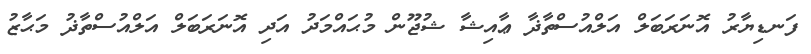
ފަނޑިޔާރު އޮނަރަބަލް އަލްއުސްތާޛާ ޢާއިޝާ ޝުޖޫން މުޙައްމަދު އަދި އޮނަރަބަލް އަލްއުސްތާޛު މަޙާޒު